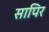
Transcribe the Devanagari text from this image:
सापिर